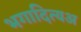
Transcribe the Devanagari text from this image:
भगादित्यअ